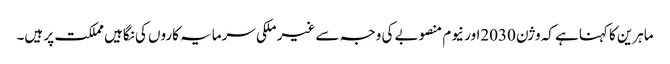
ماہرین کا کہناہے کہ وژن 2030اور نیوم منصوبے کی وجہ سے غیر ملکی سرمایہ کاروں کی نگاہیں مملکت پر ہیں۔